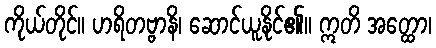
ကိုယ်တိုင်။ ဟရိတဗ္ဗာနိ၊ ဆောင်ယူနိုင်၏။ ဣတိ အတ္ထော၊